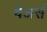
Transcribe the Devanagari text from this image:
चेअर्स